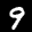
Label: 9